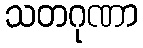
သတဂုဏာ